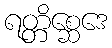
ရတ္တိစ္ဆေဒေ